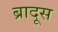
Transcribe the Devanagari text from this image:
ब्रादूस